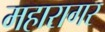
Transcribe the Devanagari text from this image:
महारागर